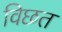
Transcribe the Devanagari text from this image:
विछत